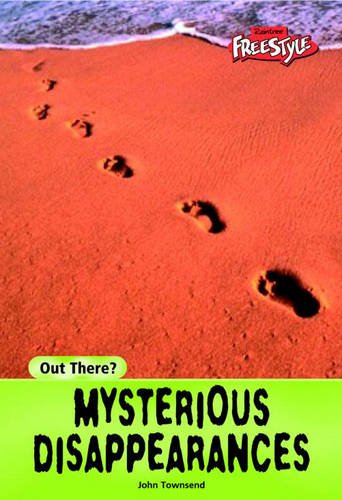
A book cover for Mysterious Disappearances (Raintree Freestyle: Out There?); John Townsend; Teen & Young Adult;